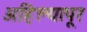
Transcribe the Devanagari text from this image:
अहिल्यापूर